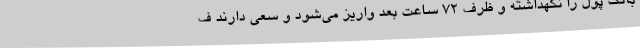
بانک پول را نگهداشته و ظرف 72 ساعت بعد واریز می‌شود و سعی دارند ف